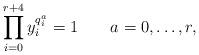
LaTeX: \begin{align*}\prod\limits_{i=0}^{r+4}y_i^{q^a_i}=1\qquad a=0,\ldots,r,\end{align*}